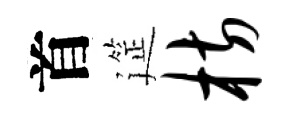
首筵枋